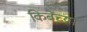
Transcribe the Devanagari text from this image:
किबेंच्या